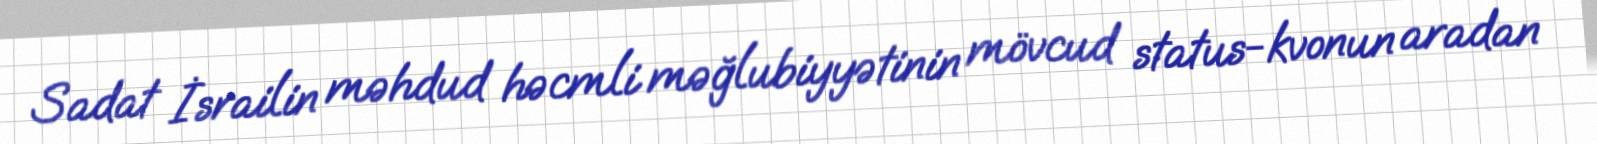
Sadat İsrailin məhdud həcmli məğlubiyyətinin mövcud status-kvonun aradan